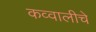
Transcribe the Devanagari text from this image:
कव्वालीचे